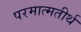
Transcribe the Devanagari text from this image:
परमात्मतीर्थ